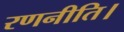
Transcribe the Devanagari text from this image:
रणनीति।